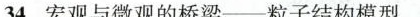
34.宏观与微观的桥梁—粒子结构模型。